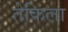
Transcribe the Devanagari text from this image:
तेकिला